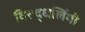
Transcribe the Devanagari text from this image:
विरूद्धलिंगी